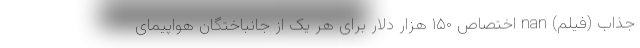
جذاب (فیلم) nan اختصاص ۱۵۰ هزار دلار برای هر یک از جانباختگان هواپیمای